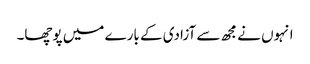
انہوں نے مجھ سے آزادی کے بارے میں پوچھا۔